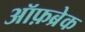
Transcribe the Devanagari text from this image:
ऑफ़ब्रेक